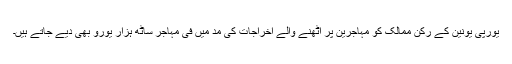
یورپی یونین کے رکن ممالک کو مہاجرین پر اٹھنے والے اخراجات کی مد میں فی مہاجر ساٹھ ہزار یورو بھی دیے جاتے ہیں۔